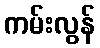
ကမ်းလွန်